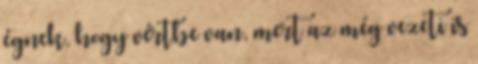
égnek, hogy vértbe van, mert az még vezeti is